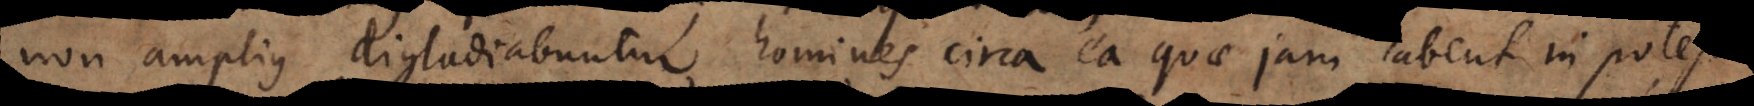
non amplius digladiabuntur homines circa ea quae jam habent in potest